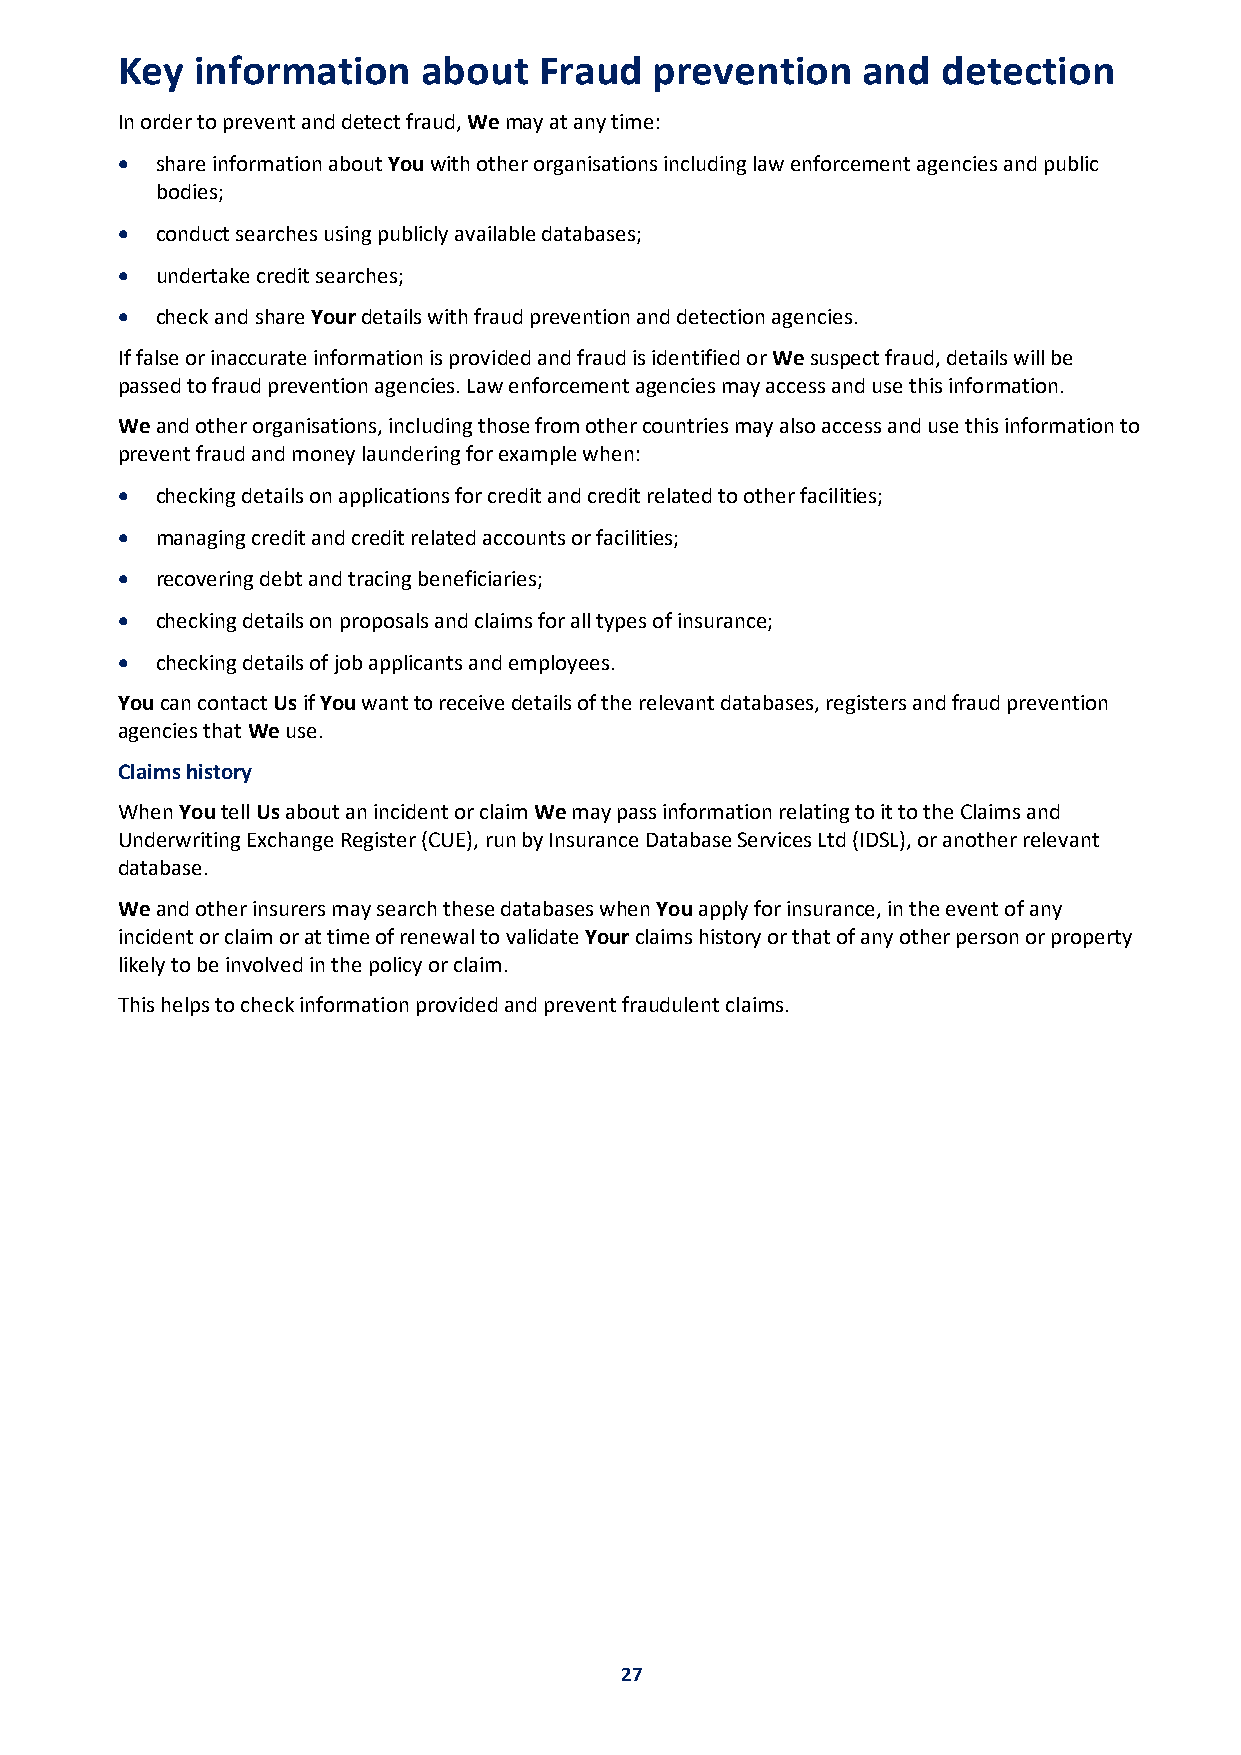
Key  information    about   Fraud  prevention    and  detection
 In order to prevent and detect fraud, We may at any time:
 • share information about You with other organisations including law enforcement agencies and public
 bodies;
 • conduct searches using publicly available databases;
 • undertake credit searches;
 • check and share Your details with fraud prevention and detection agencies.
 If false or inaccurate information is provided and fraud is identified or We suspect fraud, details will be
 passed to fraud prevention agencies. Law enforcement agencies may access and use this information.
 We and other organisations, including those from other countries may also access and use this information to
 prevent fraud and money laundering for example when:
 • checking details on applications for credit and credit related to other facilities;
 • managing credit and credit related accounts or facilities;
 • recovering debt and tracing beneficiaries;
 • checking details on proposals and claims for all types of insurance;
 • checking details of job applicants and employees.
 You can contact Us if You want to receive details of the relevant databases, registers and fraud prevention
 agencies that We use.
 Claims history
 When You tell Us about an incident or claim We may pass information relating to it to the Claims and
 Underwriting Exchange Register (CUE), run by Insurance Database Services Ltd (IDSL), or another relevant
 database.
 We and other insurers may search these databases when You apply for insurance, in the event of any
 incident or claim or at time of renewal to validate Your claims history or that of any other person or property
 likely to be involved in the policy or claim.
 This helps to check information provided and prevent fraudulent claims.
 27